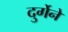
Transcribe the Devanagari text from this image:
दुर्गेने